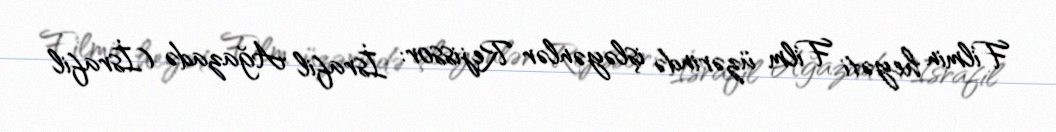
Filmin heyəti Film üzərində işləyənlər Rejissor: İsrafil Ağazadə (İsrafil